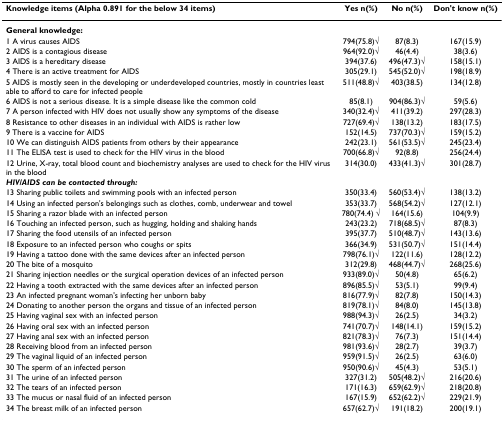
<table><thead><tr><td><b>Knowledge items (Alpha 0.891 for the below 34 items)</b></td><td><b>Yes n(%)</b></td><td><b>No n(%)</b></td><td><b>Don&#x27;t know n(%)</b></td></tr></thead><tbody><tr><td><b>General knowledge:</b></td><td></td><td></td><td></td></tr><tr><td>1 A virus causes AIDS</td><td>794(75.8)√</td><td>87(8.3)</td><td>167(15.9)</td></tr><tr><td>2 AIDS is a contagious disease</td><td>964(92.0)√</td><td>46(4.4)</td><td>38(3.6)</td></tr><tr><td>3 AIDS is a hereditary disease</td><td>394(37.6)</td><td>496(47.3)√</td><td>158(15.1)</td></tr><tr><td>4 There is an active treatment for AIDS</td><td>305(29.1)</td><td>545(52.0)√</td><td>198(18.9)</td></tr><tr><td>5 AIDS is mostly seen in the developing or underdeveloped countries, mostly in countries least able to afford to care for infected people</td><td>511(48.8)√</td><td>403(38.5)</td><td>134(12.8)</td></tr><tr><td>6 AIDS is not a serious disease. It is a simple disease like the common cold</td><td>85(8.1)</td><td>904(86.3)√</td><td>59(5.6)</td></tr><tr><td>7 A person infected with HIV does not usually show any symptoms of the disease</td><td>340(32.4)√</td><td>411(39.2)</td><td>297(28.3)</td></tr><tr><td>8 Resistance to other diseases in an individual with AIDS is rather low</td><td>727(69.4)√</td><td>138(13.2)</td><td>183(17.5)</td></tr><tr><td>9 There is a vaccine for AIDS</td><td>152(14.5)</td><td>737(70.3)√</td><td>159(15.2)</td></tr><tr><td>10 We can distinguish AIDS patients from others by their appearance</td><td>242(23.1)</td><td>561(53.5)√</td><td>245(23.4)</td></tr><tr><td>11 The ELISA test is used to check for the HIV virus in the blood</td><td>700(66.8)√</td><td>92(8.8)</td><td>256(24.4)</td></tr><tr><td>12 Urine, X-ray, total blood count and biochemistry analyses are used to check for the HIV virus in the blood</td><td>314(30.0)</td><td>433(41.3)√</td><td>301(28.7)</td></tr><tr><td><b><i>HIV/AIDS can be contacted through:</i></b></td><td></td><td></td><td></td></tr><tr><td>13 Sharing public toilets and swimming pools with an infected person</td><td>350(33.4)</td><td>560(53.4)√</td><td>138(13.2)</td></tr><tr><td>14 Using an infected person&#x27;s belongings such as clothes, comb, underwear and towel</td><td>353(33.7)</td><td>568(54.2)√</td><td>127(12.1)</td></tr><tr><td>15 Sharing a razor blade with an infected person</td><td>780(74.4) √</td><td>164(15.6)</td><td>104(9.9)</td></tr><tr><td>16 Touching an infected person, such as hugging, holding and shaking hands</td><td>243(23.2)</td><td>718(68.5)√</td><td>87(8.3)</td></tr><tr><td>17 Sharing the food utensils of an infected person</td><td>395(37.7)</td><td>510(48.7)√</td><td>143(13.6)</td></tr><tr><td>18 Exposure to an infected person who coughs or spits</td><td>366(34.9)</td><td>531(50.7)√</td><td>151(14.4)</td></tr><tr><td>19 Having a tattoo done with the same devices after an infected person</td><td>798(76.1)√</td><td>122(11.6)</td><td>128(12.2)</td></tr><tr><td>20 The bite of a mosquito</td><td>312(29.8)</td><td>468(44.7)√</td><td>268(25.6)</td></tr><tr><td>21 Sharing injection needles or the surgical operation devices of an infected person</td><td>933(89.0)√</td><td>50(4.8)</td><td>65(6.2)</td></tr><tr><td>22 Having a tooth extracted with the same devices after an infected person</td><td>896(85.5)√</td><td>53(5.1)</td><td>99(9.4)</td></tr><tr><td>23 An infected pregnant woman&#x27;s infecting her unborn baby</td><td>816(77.9)√</td><td>82(7.8)</td><td>150(14.3)</td></tr><tr><td>24 Donating to another person the organs and tissue of an infected person</td><td>819(78.1)√</td><td>84(8.0)</td><td>145(13.8)</td></tr><tr><td>25 Having vaginal sex with an infected person</td><td>988(94.3)√</td><td>26(2.5)</td><td>34(3.2)</td></tr><tr><td>26 Having oral sex with an infected person</td><td>741(70.7)√</td><td>148(14.1)</td><td>159(15.2)</td></tr><tr><td>27 Having anal sex with an infected person</td><td>821(78.3)√</td><td>76(7.3)</td><td>151(14.4)</td></tr><tr><td>28 Receiving blood from an infected person</td><td>981(93.6)√</td><td>28(2.7)</td><td>39(3.7)</td></tr><tr><td>29 The vaginal liquid of an infected person</td><td>959(91.5)√</td><td>26(2.5)</td><td>63(6.0)</td></tr><tr><td>30 The sperm of an infected person</td><td>950(90.6)√</td><td>45(4.3)</td><td>53(5.1)</td></tr><tr><td>31 The urine of an infected person</td><td>327(31.2)</td><td>505(48.2)√</td><td>216(20.6)</td></tr><tr><td>32 The tears of an infected person</td><td>171(16.3)</td><td>659(62.9)√</td><td>218(20.8)</td></tr><tr><td>33 The mucus or nasal fluid of an infected person</td><td>167(15.9)</td><td>652(62.2)√</td><td>229(21.9)</td></tr><tr><td>34 The breast milk of an infected person</td><td>657(62.7)√</td><td>191(18.2)</td><td>200(19.1)</td></tr></tbody></table>